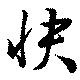
快